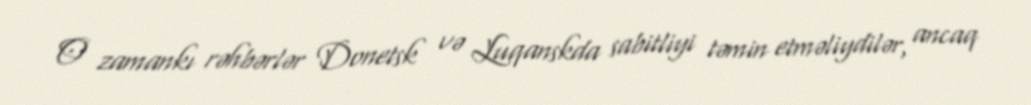
O zamankı rəhbərlər Donetsk və Luqanskda sabitliyi təmin etməliydilər, ancaq